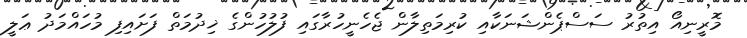
މޮރީނިއޯ އިތުރު ސަސްޕެންޝަނަކާއި ކުރިމަތިލާން ޖެހެނީހުރާގައި ފުލުހުންގެ ޚިދުމަތް ފަށައިފި މުހައްމަދު ޢަލީ